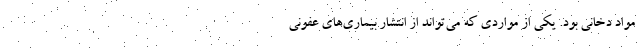
مواد دخانی بود. یکی از مواردی که می‌تواند از انتشار بیماری‌های عفونی